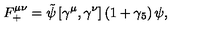
F _ { + } ^ { \mu \nu } = \tilde { \psi } \left[ \gamma ^ { \mu } , \gamma ^ { \nu } \right] \left( 1 + \gamma _ { 5 } \right) \psi ,